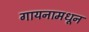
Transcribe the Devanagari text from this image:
गायनामधून